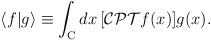
\begin{align*}\langle f|g\rangle\equiv\int_{\rm{C}} dx\,[{\cal CPT}f(x)]g(x).\end{align*}